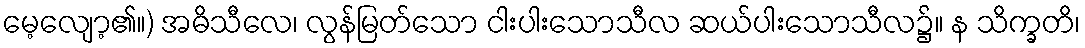
မေ့လျော့၏။) အဓိသီလေ၊ လွန်မြတ်သော ငါးပါးသောသီလ ဆယ်ပါးသောသီလ၌။ န သိက္ခတိ၊